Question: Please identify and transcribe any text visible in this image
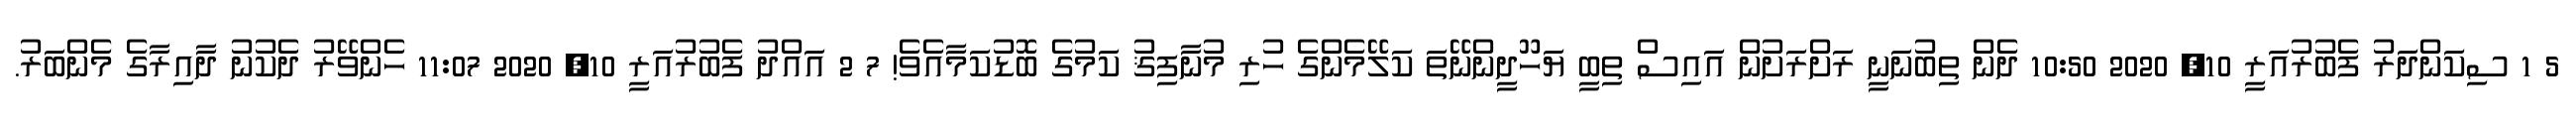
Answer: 5 1 ސިކަންދަރު ފެބުރުއަރީ 10, 2020 10:50 ދެން ތިބުނަނީ ރަށްރަށުން އައިސް ތިބީ ޔަހޫދީންނޭތަ ކަލޭމެންގެ ހުރި މުނާފިޤު ކަމުގެ ބޮޑުކަމާއެވެ! 7 2 އައްދު ފެބުރުއަރީ 10, 2020 11:07 ހެންވޭރު ދެކުނު ދާއިރާގެ މެންބަރު.